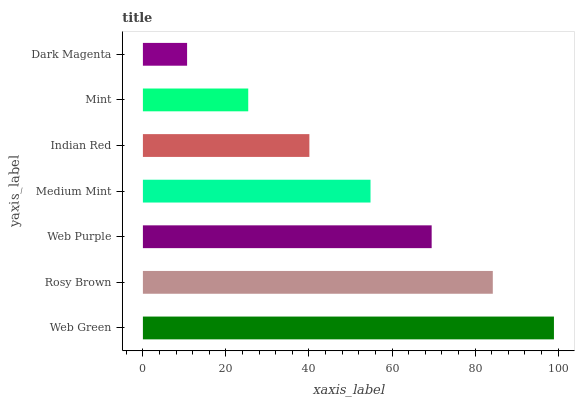
| yaxis_label | bars |
 | --- | --- |
 | Web Green | 99 |
 | Rosy Brown | 84.3 |
 | Web Purple | 69.5 |
 | Medium Mint | 54.8 |
 | Indian Red | 40.1 |
 | Mint | 25.4 |
 | Dark Magenta | 10.6 |